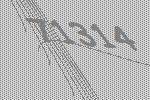
71314